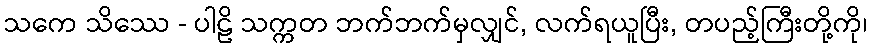
သကေ သိဿေ - ပါဠိ သက္ကတ ဘက်ဘက်မှလျှင်, လက်ရယူပြီး, တပည့်ကြီးတို့ကို၊